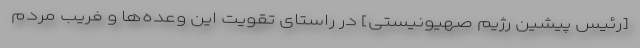
[رئیس پیشین رژیم صهیونیستی] در راستای تقویت این وعده‌ها و فریب مردم